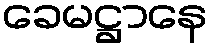
ခေမဋ္ဌာနေ